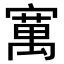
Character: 𫴆